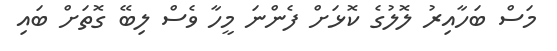
މަސް ބަހާއިރު ލޮލުގެ ކޮޅަށް ފެންނަ މީހާ ވެސް ލިބޭ ގޮތަށް ބައި